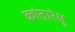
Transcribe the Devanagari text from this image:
कांतारेक्षु